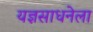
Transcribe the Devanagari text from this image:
यज्ञसाधनेला